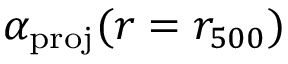
\alpha _ { \mathrm { p r o j } } ( r = r _ { 5 0 0 } )